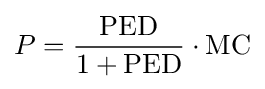
P={\frac {\text{PED}}{1+{\text{PED}}}}\cdot {\text{MC}}